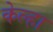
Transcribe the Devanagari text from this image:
केल्हा